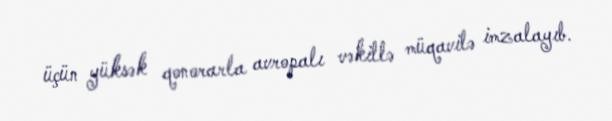
üçün yüksək qonorarla avropalı vəkillə müqavilə imzalayıb.